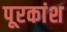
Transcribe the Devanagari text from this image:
पूरकांश